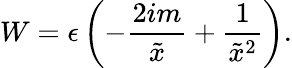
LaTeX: W=\epsilon\left(-\frac{2im}{\tilde{x}}+\frac{1}{\tilde{x}^{2}}\right).